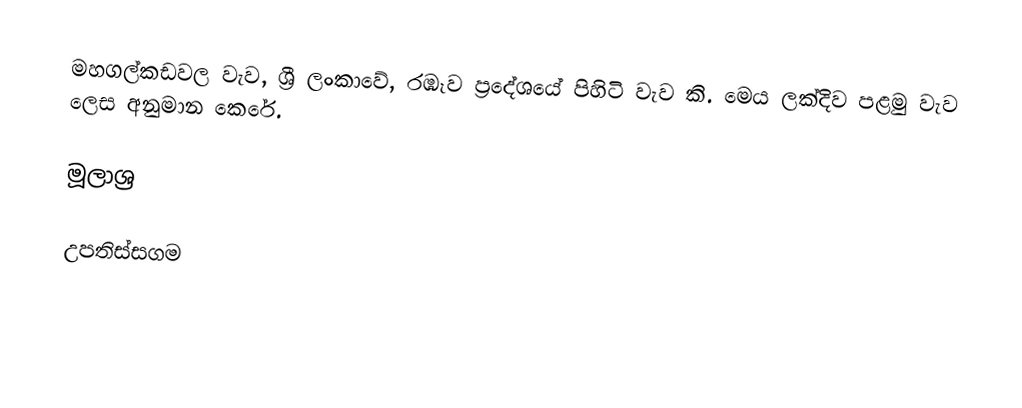
මහගල්කඩවල වැව, ශ්‍රී ලංකාවේ, රඹෑව ප්‍රදේශයේ පිහිටි වැව කි. මෙය ලක්දිව පළමු වැව ලෙස අනුමාන කෙරේ.

මූලාශ්‍ර

උපතිස්සගම